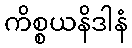
ကိစ္စယနိဒါနံ